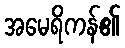
အမေရိကန်၏